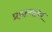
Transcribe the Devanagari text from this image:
प्रयत्‍नाचा